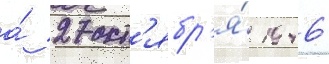
а́ 27 окт'ябр'я́ 1946